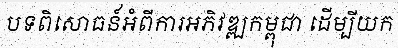
បទពិសោធន៍អំពីការអភិវឌ្ឍកម្ពុជា ដើម្បីយក